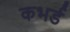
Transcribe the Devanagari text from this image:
कभर्ड